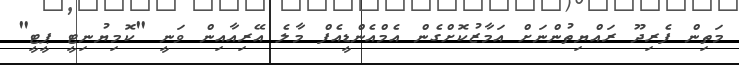
މަތިން ފެރިދޫ ރައްޔިތުންނަށް އަމާޒުކޮށްގެން އެމްއެންޑީއެފް މާލެ އޭރިއާއިން ވަނީ "ކޮމިޔުނިޓީ ޕީޓީ"